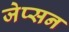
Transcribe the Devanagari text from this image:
जेप्सन